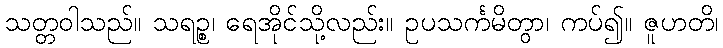
သတ္တဝါသည်။ သရဉ္စ၊ ရေအိုင်သို့လည်း။ ဥပသင်္ကမိတွာ၊ ကပ်၍။ ဇူဟတိ၊